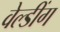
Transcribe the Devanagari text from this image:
वेल्डींग